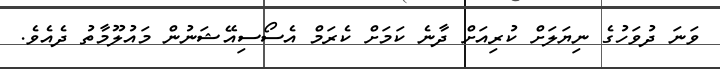
ވަނަ ދުވަހުގެ ނިޔަލަށް ކުރިއަށް ދާނެ ކަމަށް ކެރަމް އެސޯސިއޭޝަނުން މައުލޫމާތު ދެއެވެ.